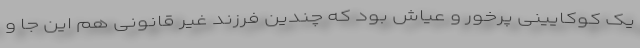
یک کوکایینی پرخور و عیاش بود که چندین فرزند غیر قانونی هم این جا و